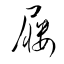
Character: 屨